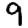
Digit: 9